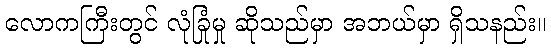
လောကကြီးတွင် လုံခြုံမှု ဆိုသည်မှာ အဘယ်မှာ ရှိသနည်း။